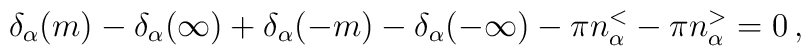
\delta_\alpha(m) - \delta_\alpha(\infty) + \delta_\alpha(-m)- \delta_\alpha(-\infty) - \pi n_\alpha^< - \pi n_\alpha^> = 0\, ,